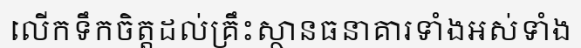
លើកទឹកចិត្តដល់គ្រឹះស្ថានធនាគារទាំងអស់ទាំង